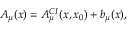
A _ { \mu } ( x ) = A _ { \mu } ^ { C I } ( x , x _ { 0 } ) + b _ { \mu } ( x ) ,